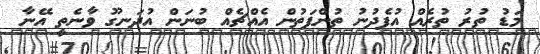
މަޑު ތުރު ތުރެއް އުފެދުނު ތުންފަތުން އެއްޗެއް ބުނަން އުދަނގޫ ވާނެތީ އޭނާ